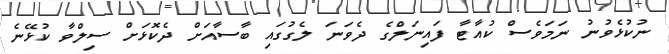
ނުކުޅެވުނު ނަމަވެސް ކުއާޓާ ފައިނަލްގެ ދެވަނަ ލެގުގައި ބާސާއަށް ދެކޮޅަށް ސިލްވާ ކުޅޭނެ